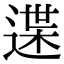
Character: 䢡